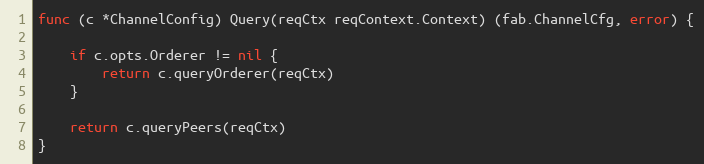
Language: Go
func (c *ChannelConfig) Query(reqCtx reqContext.Context) (fab.ChannelCfg, error) {

	if c.opts.Orderer != nil {
		return c.queryOrderer(reqCtx)
	}

	return c.queryPeers(reqCtx)
}